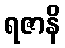
ရဇာနိ